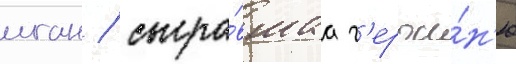
иган / сыгра́вшаа г'ерои́н'ю